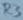
Text: R3